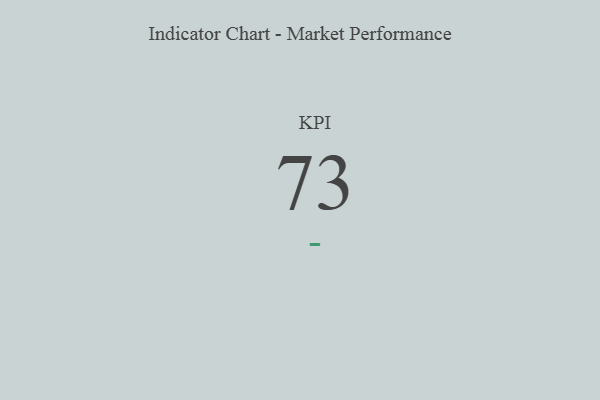
{"axis": {"x": "KPI", "y": "Value"}, "legend": [""], "data": [{"x": "KPI", "y": 73, "type": ""}]}